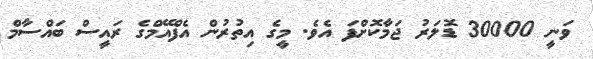
ވަނީ 30000 ޑޮލަރު ޖަމާކޮށްފަ އެވެ. މީގެ އިތުރުން އެފްއޭމްގެ ރައީސް ބައްސާމް